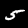
Label: 5